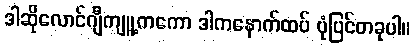
ဒါဆိုလောင်ဂျီကျူ့ကကော ဒါကနောက်ထပ် ပုံပြင်တခုပါ။